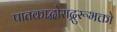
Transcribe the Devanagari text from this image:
पातकाद्घोराद्गुरूभक्तो